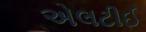
એલટીઈ